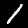
Digit: 1